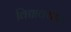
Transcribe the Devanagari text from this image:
विद्यावयात